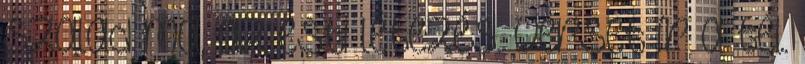
szalad ma, az esti létezés. verset ír a tél.